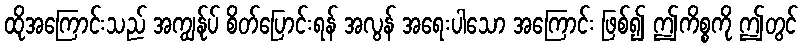
ထိုအကြောင်းသည် အကျွန်ုပ် စိတ်ပြောင်းရန် အလွန် အရေးပါသော အကြောင်း ဖြစ်၍ ဤကိစ္စကို ဤတွင်